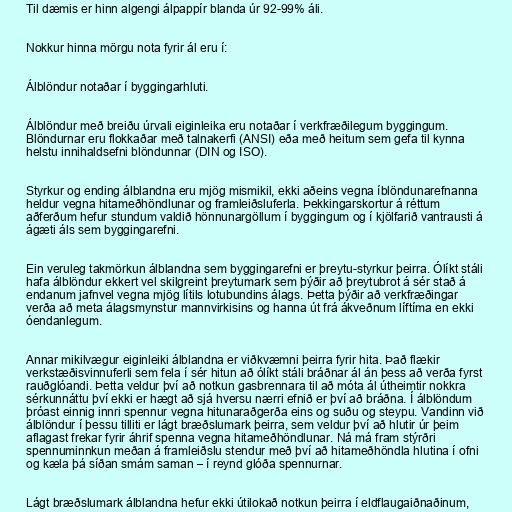
Til dæmis er hinn algengi álpappír blanda úr 92-99% áli.

Nokkur hinna mörgu nota fyrir ál eru í:

Álblöndur notaðar í byggingarhluti.

Álblöndur með breiðu úrvali eiginleika eru notaðar í verkfræðilegum byggingum.
Blöndurnar eru flokkaðar með talnakerfi (ANSI) eða með heitum sem gefa til kynna
helstu innihaldsefni blöndunnar (DIN og ISO).

Styrkur og ending álblandna eru mjög mismikil, ekki aðeins vegna íblöndunarefnanna
heldur vegna hitameðhöndlunar og framleiðsluferla. Þekkingarskortur á réttum
aðferðum hefur stundum valdið hönnunargöllum í byggingum og í kjölfarið vantrausti á
ágæti áls sem byggingarefni.

Ein veruleg takmörkun álblandna sem byggingarefni er þreytu-styrkur þeirra. Ólíkt stáli
hafa álblöndur ekkert vel skilgreint þreytumark sem þýðir að þreytubrot á sér stað á
endanum jafnvel vegna mjög lítils lotubundins álags. Þetta þýðir að verkfræðingar
verða að meta álagsmynstur mannvirkisins og hanna út frá ákveðnum líftíma en ekki
óendanlegum.

Annar mikilvægur eiginleiki álblandna er viðkvæmni þeirra fyrir hita. Það flækir
verkstæðisvinnuferli sem fela í sér hitun að ólíkt stáli bráðnar ál án þess að verða fyrst
rauðglóandi. Þetta veldur því að notkun gasbrennara til að móta ál útheimtir nokkra
sérkunnáttu því ekki er hægt að sjá hversu nærri efnið er því að bráðna. Í álblöndum
þróast einnig innri spennur vegna hitunaraðgerða eins og suðu og steypu. Vandinn við
álblöndur í þessu tilliti er lágt bræðslumark þeirra, sem veldur því að hlutir úr þeim
aflagast frekar fyrir áhrif spenna vegna hitameðhöndlunar. Ná má fram stýrðri
spennuminnkun meðan á framleiðslu stendur með því að hitameðhöndla hlutina í ofni
og kæla þá síðan smám saman – í reynd glóða spennurnar.

Lágt bræðslumark álblandna hefur ekki útilokað notkun þeirra í eldflaugaiðnaðinum,